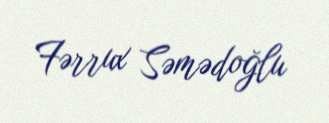
Fərrux Səmədoğlu